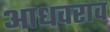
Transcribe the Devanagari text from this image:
आधवराव